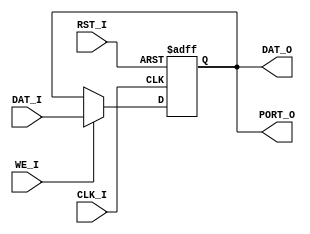
// [TURBO9_HEADER_START]
//////////////////////////////////////////////////////////////////////////////
//                          Turbo9 Microprocessor IP
//////////////////////////////////////////////////////////////////////////////
// Website: www.turbo9.org
// Contact: team[at]turbo9[dot]org
//////////////////////////////////////////////////////////////////////////////
// [TURBO9_LICENSE_START]
// BSD-1-Clause
//
// Copyright (c) 2020-2023
// Kevin Phillipson
// Michael Rywalt
// All rights reserved.
//
// Redistribution and use in source and binary forms, with or without
// modification, are permitted provided that the following conditions are met:
//
// 1. Redistributions of source code must retain the above copyright notice,
//    this list of conditions and the following disclaimer.
//
// THIS SOFTWARE IS PROVIDED BY THE COPYRIGHT HOLDERS AND CONTRIBUTORS "AS IS"
// AND ANY EXPRESS OR IMPLIED WARRANTIES, INCLUDING, BUT NOT LIMITED TO, THE
// IMPLIED WARRANTIES OF MERCHANTABILITY AND FITNESS FOR A PARTICULAR PURPOSE
// ARE DISCLAIMED. IN NO EVENT SHALL THE COPYRIGHT HOLDERS AND CONTRIBUTORS BE
// LIABLE FOR ANY DIRECT, INDIRECT, INCIDENTAL, SPECIAL, EXEMPLARY, OR
// CONSEQUENTIAL DAMAGES (INCLUDING, BUT NOT LIMITED TO, PROCUREMENT OF
// SUBSTITUTE GOODS OR SERVICES; LOSS OF USE, DATA, OR PROFITS; OR BUSINESS
// INTERRUPTION) HOWEVER CAUSED AND ON ANY THEORY OF LIABILITY, WHETHER IN
// CONTRACT, STRICT LIABILITY, OR TORT (INCLUDING NEGLIGENCE OR OTHERWISE)
// ARISING IN ANY WAY OUT OF THE USE OF THIS SOFTWARE, EVEN IF ADVISED OF THE
// POSSIBILITY OF SUCH DAMAGE.
// [TURBO9_LICENSE_END]
//////////////////////////////////////////////////////////////////////////////
// Description: Simple memory mapped 8-bit output port
//
//////////////////////////////////////////////////////////////////////////////
// History:
// 07.14.2023 - Kevin Phillipson
//   File header added
//
//////////////////////////////////////////////////////////////////////////////
// [TURBO9_HEADER_END]

/////////////////////////////////////////////////////////////////////////////
//                                MODULE
/////////////////////////////////////////////////////////////////////////////
module output_port
(
  input          CLK_I,
  input          RST_I,
  input          WE_I,
  input   [ 7:0] DAT_I,
  output  [ 7:0] DAT_O,
  output  [ 7:0] PORT_O
);

/////////////////////////////////////////////////////////////////////////////
//                                LOGIC
/////////////////////////////////////////////////////////////////////////////

reg   [7:0] port_reg;
localparam  port_rst = 8'd0;

always @(posedge CLK_I, posedge RST_I) begin
  if (RST_I) begin
    port_reg <= port_rst;
  end else if (WE_I) begin
    port_reg <= DAT_I;
  end
end

assign DAT_O = port_reg;
assign PORT_O = port_reg;

/////////////////////////////////////////////////////////////////////////////

endmodule